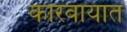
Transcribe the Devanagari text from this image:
कारवायात